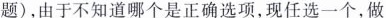
题)，由于不知道哪个是正确选项，现任选一个，做